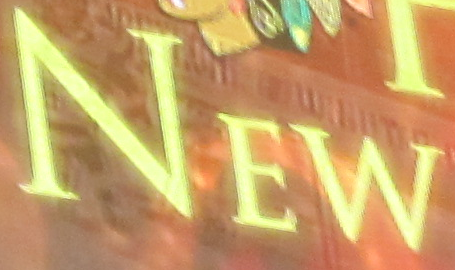
NEW